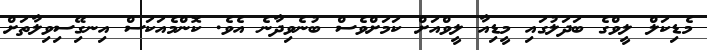
މެޑިކަލް ލީވްގެ ބަދަލުގައި މީޑިއާ ލީވްއަށް ކަމަށްވެސް ބުނެވިދާނެ އެވެ. ކޮންމެއަކަސް އިނގިޭސިވިލާތަށް